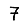
Digit: 7